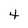
Character: 4